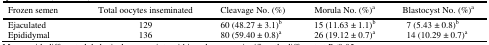
| Frozen semen | Total oocytes inseminated | Cleavage No. (%) | Morula No. (%)a | Blastocyst No. (%)a |
 | --- | --- | --- | --- | --- |
 | Ejaculated | 129 | 60 (48.27 ± 3.1)b | 15 (11.63 ± 1.1)b | 7 (5.43 ± 0.8)b |
 | Epididymal | 136 | 80 (59.40 ± 0.8)a | 26 (19.12 ± 0.7)a | 14 (10.29 ± 0.7)a |